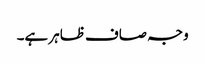
وجہ صاف ظاہر ہے۔